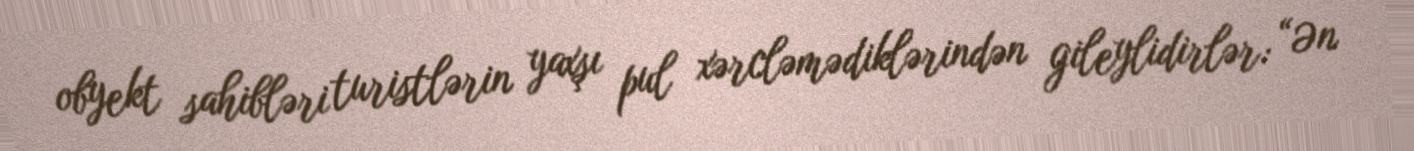
obyekt sahibləri turistlərin yaxşı pul xərcləmədiklərindən gileylidirlər: “Ən